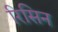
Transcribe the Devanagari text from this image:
रिसिन